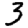
Digit: 3